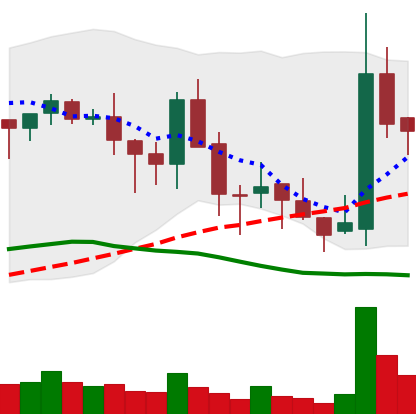
Ticker: BNB-USD
Chart end date: 2018-05-20
Forward return: -7.861%
Label: down_7plus